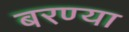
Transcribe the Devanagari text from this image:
बरण्या